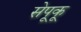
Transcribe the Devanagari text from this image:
सेपूकू